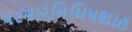
પરમારનિમિષશાહ